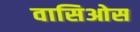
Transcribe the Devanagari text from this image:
वासिओस